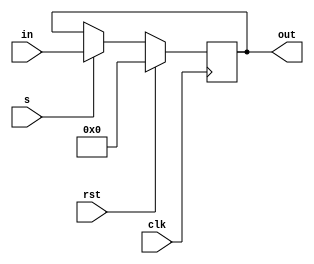
`timescale 1ps/1ps
module Status_Reg(input clk,input rst,input s,input [3:0]in,output reg [3:0]out);
	
	always@(negedge clk)
	begin
		if(rst)
            out <= {4'b0};
		else if(s)
            out <= in;
	end
	
endmodule